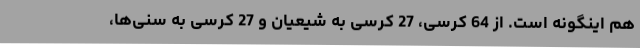
هم اینگونه است. از 64 کرسی، 27 کرسی به شیعیان و 27 کرسی به سنی‌ها،